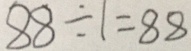
8 8 \div 1 = 8 8